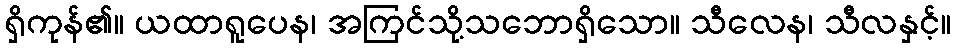
ရှိကုန်၏။ ယထာရူပေန၊ အကြင်သို့သဘောရှိသော။ သီလေန၊ သီလနှင့်။